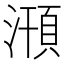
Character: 𣽥